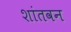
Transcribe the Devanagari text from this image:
शांतवन